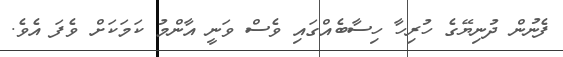
ފެނުން ދުނިޔޭގެ ހުރިހާ ހިސާބެއްގައި ވެސް ވަނީ އާންމު ކަމަކަށް ވެފަ އެވެ.